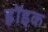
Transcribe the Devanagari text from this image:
हॉइक